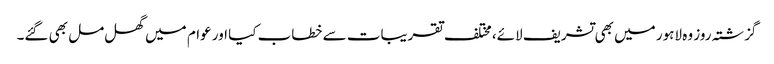
گزشتہ روز وہ لاہور میں بھی تشریف لائے، مختلف تقریبات سے خطاب کیا اور عوام میں گھل مل بھی گئے۔